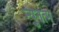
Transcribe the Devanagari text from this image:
न्युनत्म